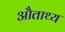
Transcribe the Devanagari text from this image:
औताथ्य